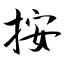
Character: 按